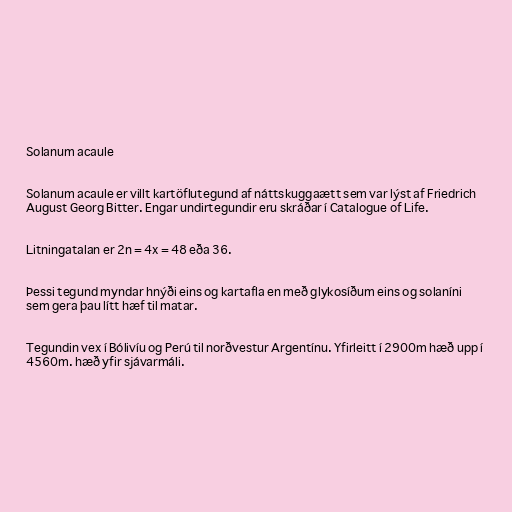
Solanum acaule

Solanum acaule er villt kartöflutegund af náttskuggaætt sem var lýst af Friedrich
August Georg Bitter. Engar undirtegundir eru skráðar í Catalogue of Life.

Litningatalan er 2n = 4x = 48 eða 36.

Þessi tegund myndar hnýði eins og kartafla en með glykosíðum eins og solaníni
sem gera þau lítt hæf til matar.

Tegundin vex í Bólivíu og Perú til norðvestur Argentínu. Yfirleitt í 2900m hæð upp í
4560m. hæð yfir sjávarmáli.